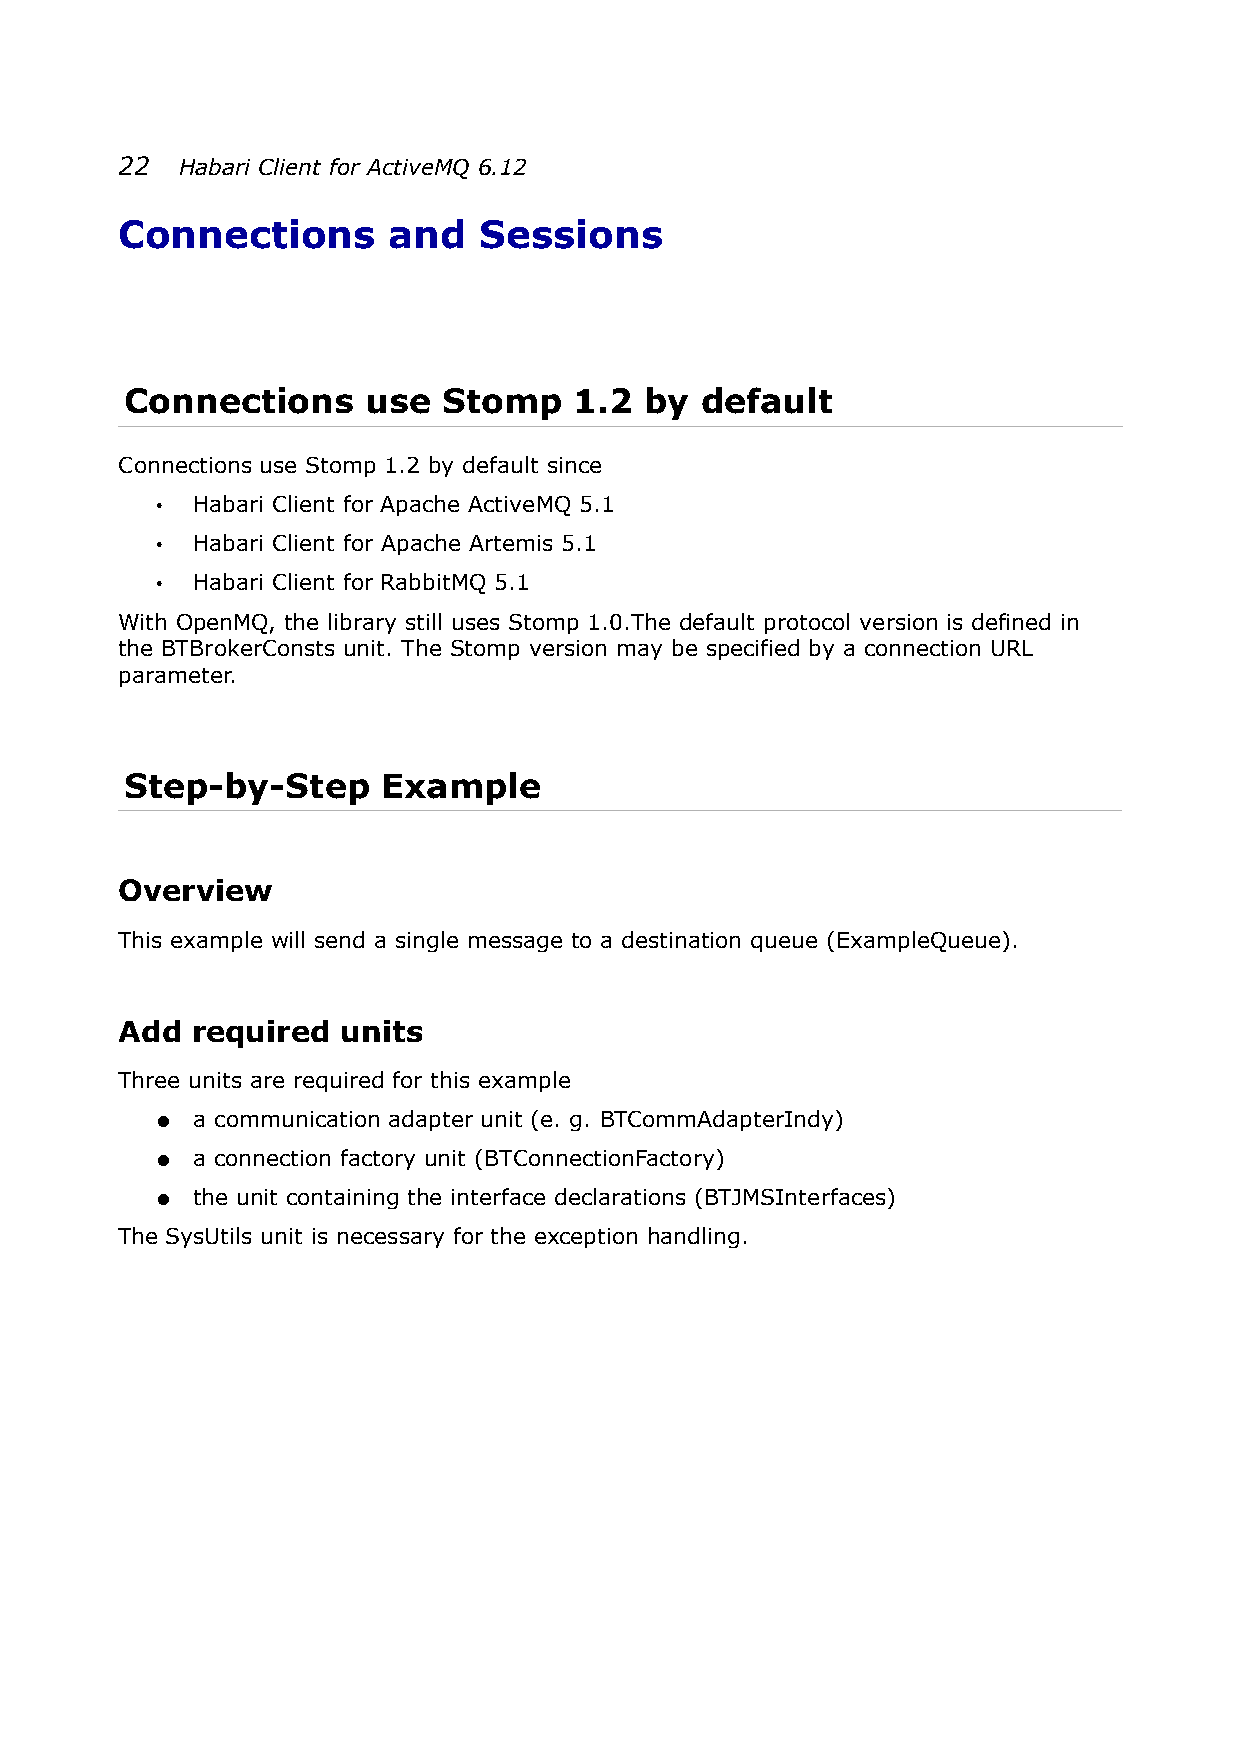
22  Habari Client for ActiveMQ 6.12
 Connections       and   Sessions
 Connections     use  Stomp    1.2  by default
 Connections use Stomp 1.2 by default since
 •  Habari Client for Apache ActiveMQ 5.1
 •  Habari Client for Apache Artemis 5.1
 •  Habari Client for RabbitMQ 5.1
 With OpenMQ, the library still uses Stomp 1.0.The default protocol version is defined in
 the BTBrokerConsts unit. The Stomp version may be specified by a connection URL
 parameter.
 Step-by-Step     Example
 Overview
 This example will send a single message to a destination queue (ExampleQueue).
 Add  required  units
 Three units are required for this example
 ●  a communication adapter unit (e. g. BTCommAdapterIndy)
 ●  a connection factory unit (BTConnectionFactory)
 ●  the unit containing the interface declarations (BTJMSInterfaces)
 The SysUtils unit is necessary for the exception handling.